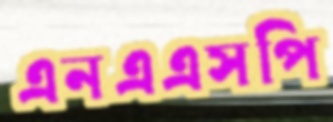
এনএএসপি